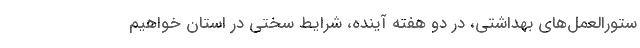
ستورالعمل‌های بهداشتی، در دو هفته آینده، شرایط سختی در استان خواهیم